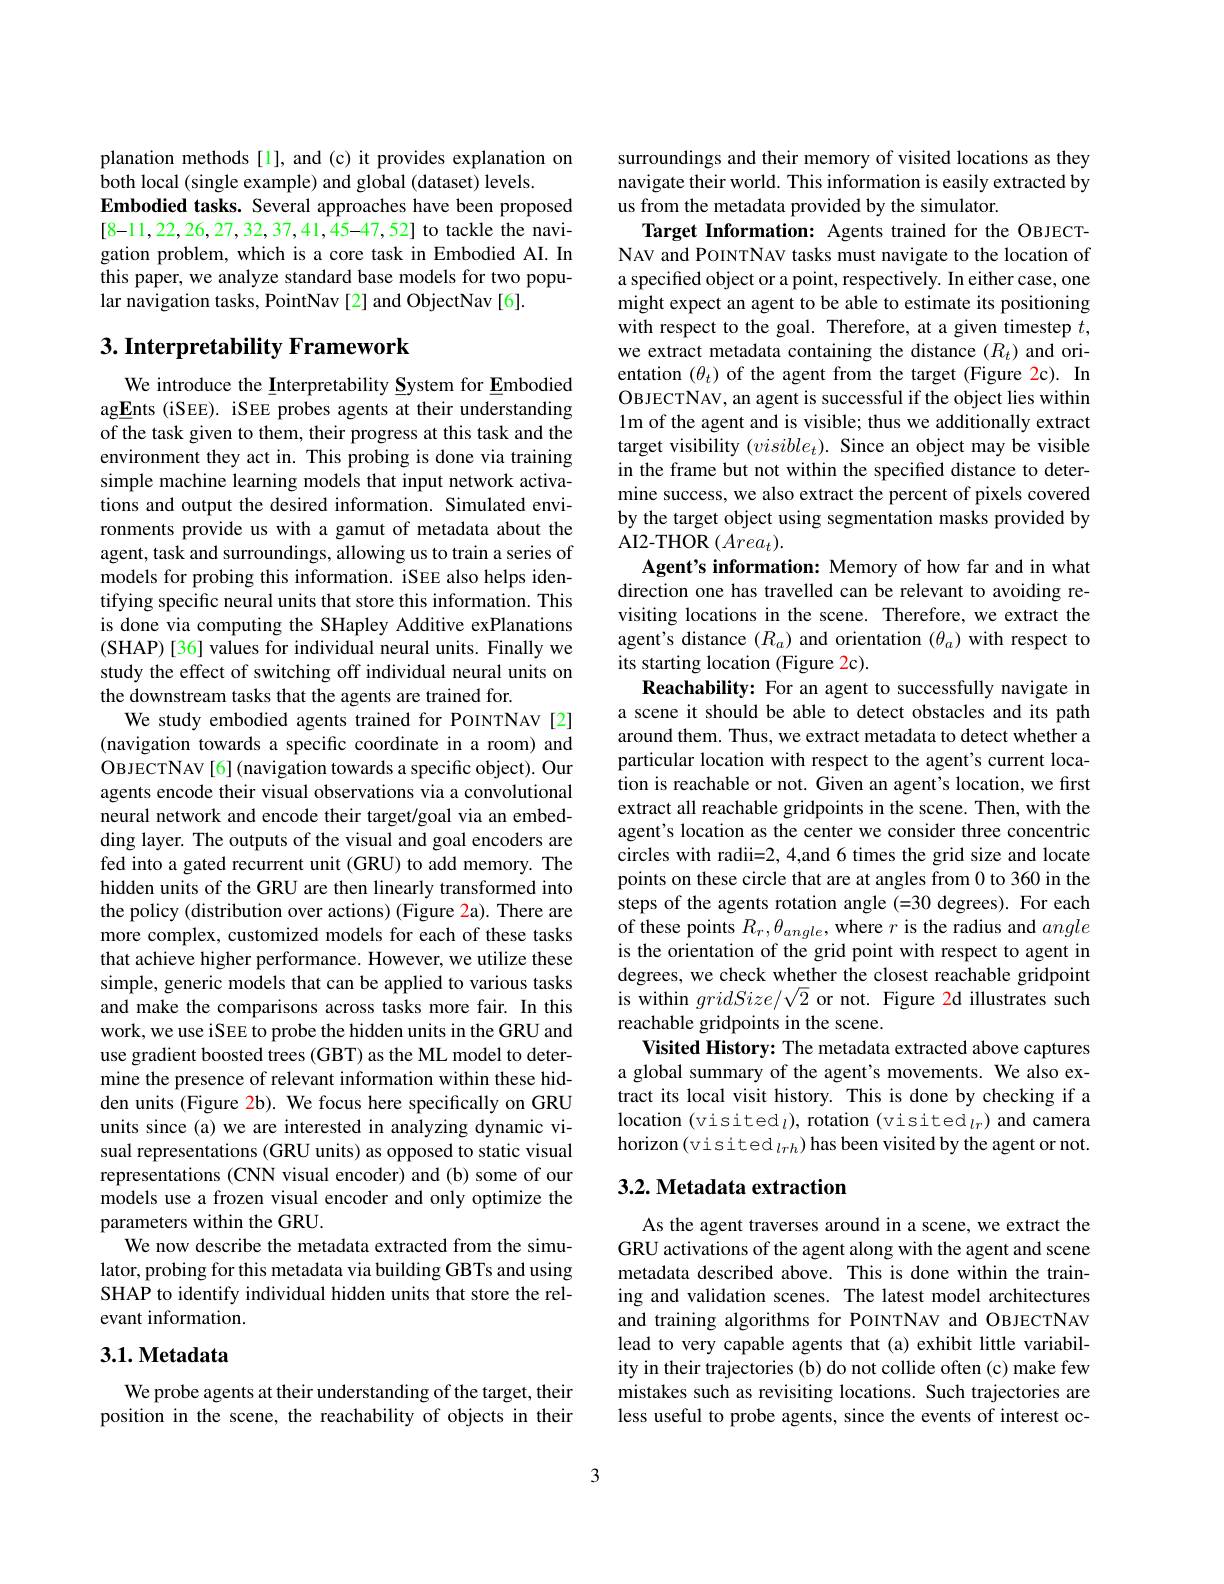
planation methods [1], and (c) it provides explanation on
both local (single example) and global (dataset) levels.
Embodied tasks. Several approaches have been proposed [8-11,22,26,27,32,37,41,45-47,52] to tackle the navigation problem, which is a core task in Embodied AI. In this paper, we analyze standard base models for two popular navigation tasks, PointNav [2] and ObjectNav [6].

## 3. Interpretability Framework

We introduce the Interpretability System for Embodied agEnts (iSEE). iSEE probes agents at their understanding of the task given to them, their progress at this task and the environment they act in. This probing is done via training simple machine learning models that input network activations and output the desired information. Simulated environments provide us with a gamut of metadata about the agent, task and surroundings, allowing us to train a series of models for probing this information. iSEE also helps identifying specific neural units that store this information. This is done via computing the SHapley Additive exPlanations (SHAP)[36] values for individual neural units. Finally we study the effect of switching off individual neural units on the downstream tasks that the agents are trained for.
We study embodied agents trained for POINTNAV[2] (navigation towards a specific coordinate in a room) and OBJECTNAV [6] (navigation towards a specific object). Our agents encode their visual observations via a convolutional neural network and encode their target/goal via an embedding layer. The outputs of the visual and goal encoders are fed into a gated recurrent unit (GRU) to add memory. The hidden units of the GRU are then linearly transformed into the policy (distribution over actions) (Figure 2a). There are more complex, customized models for each of these tasks that achieve higher performance. However, we utilize these simple, generic models that can be applied to various tasks and make the comparisons across tasks more fair. In this work, we use iSEE to probe the hidden units in the GRU and use gradient boosted trees (GBT) as the ML model to determine the presence of relevant information within these hidden units (Figure 2b). We focus here specifically on GRU units since (a) we are interested in analyzing dynamic visual representations (GRU units) as opposed to static visual representations (CNN visual encoder) and (b) some of our models use a frozen visual encoder and only optimize the parameters within the GRU.
We now describe the metadata extracted from the simulator, probing for this metadata via building GBTs and using SHAP to identify individual hidden units that store the relevant information. 3.1. Metadata

We probe agents at their understanding of the target, their position in the scene, the reachability of objects in their

surroundings and their memory of visited locations as they navigate their world. This information is easily extracted by us from the metadata provided by the simulator.
Target Information: Agents trained for the OBJECTNAV and POINTNAV tasks must navigate to the location of a specified object or a point, respectively. In either case, one might expect an agent to be able to estimate its positioning with respect to the goal. Therefore, at a given timestep $t$, we extract metadata containing the distance $(R_t)$ and orientation $(\theta_t)$ of the agent from the target (Figure 2c). In OBJECTNAV, an agent is successful if the object lies within 1m of the agent and is visible; thus we additionally extract target visibility $(visible_t).$ Since an object may be visible in the frame but not within the specified distance to determine success, we also extract the percent of pixels covered by the target object using segmentation masks provided by AI2-THOR $(Area_t).$
Agent's information: Memory of how far and in what direction one has travelled can be relevant to avoiding revisiting locations in the scene. Therefore, we extract the agent's distance $(R_a)$ and orientation $(\theta_a)$ with respect to its starting location (Figure 2c).
Reachability: For an agent to successfully navigate in a scene it should be able to detect obstacles and its path around them. Thus, we extract metadata to detect whether a particular location with respect to the agent's current location is reachable or not. Given an agent's location, we first extract all reachable gridpoints in the scene. Then, with the agent's location as the center we consider three concentric circles with radii=2, 4,and 6 times the grid size and locate points on these circle that are at angles from 0 to 360 in the steps of the agents rotation angle (-30 degrees). For each of these points $R_r,\theta_{angle}$, where $r$ is the radius and angle is the orientation of the grid point with respect to agent in degrees, we check whether the closest reachable gridpoint is within $gridSize/\sqrt{2}$ or not. Figure 2d illustrates such reachable gridpoints in the scene.
Visited History: The metadata extracted above captures a global summary of the agent's movements. We also extract its local visit history. This is done by checking if a location (visited$_l)$, rotation (visited$_lr)$ and camera horizon(visited $_lrh)$ has been visited by the agent or not. 3.2. Metadata extraction

As the agent traverses around in a scene, we extract the GRU activations of the agent along with the agent and scene metadata described above. This is done within the training and validation scenes. The latest model architectures and training algorithms for POINTNAV and OBJECTNAV lead to very capable agents that (a) exhibit little variability in their trajectories (b) do not collide often (c) make few mistakes such as revisiting locations. Such trajectories are less useful to probe agents, since the events of interest oc-

3